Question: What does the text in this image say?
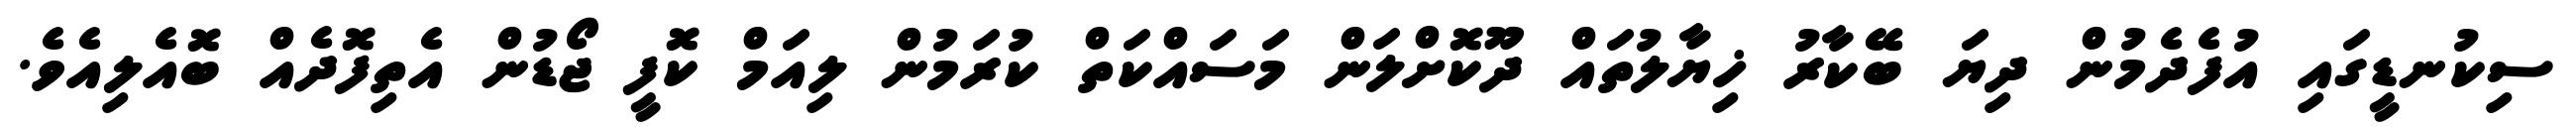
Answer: ސިކުނޑީގައި އުފެދެމުން ދިޔަ ބޭކާރު ޚިޔާލުތައް ދޫކޮށްލަން މަސައްކަތް ކުރަމުން ލިއަމް ކޮފީ ޖޯޑުން އެތިފޮދެއް ބޮއެލިއެވެ.